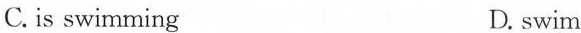
C.is swimming D.swim